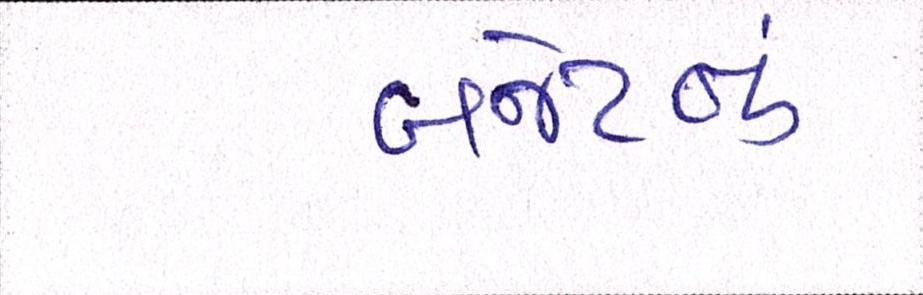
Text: બજેટનું